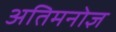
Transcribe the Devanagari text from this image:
अतिमनोज्ञ